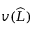
v ( \widehat { L } )